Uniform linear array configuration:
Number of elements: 8
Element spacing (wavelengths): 0.25
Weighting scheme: exponential
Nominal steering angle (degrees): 45
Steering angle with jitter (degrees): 44.681
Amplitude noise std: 0.05
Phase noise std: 0.05

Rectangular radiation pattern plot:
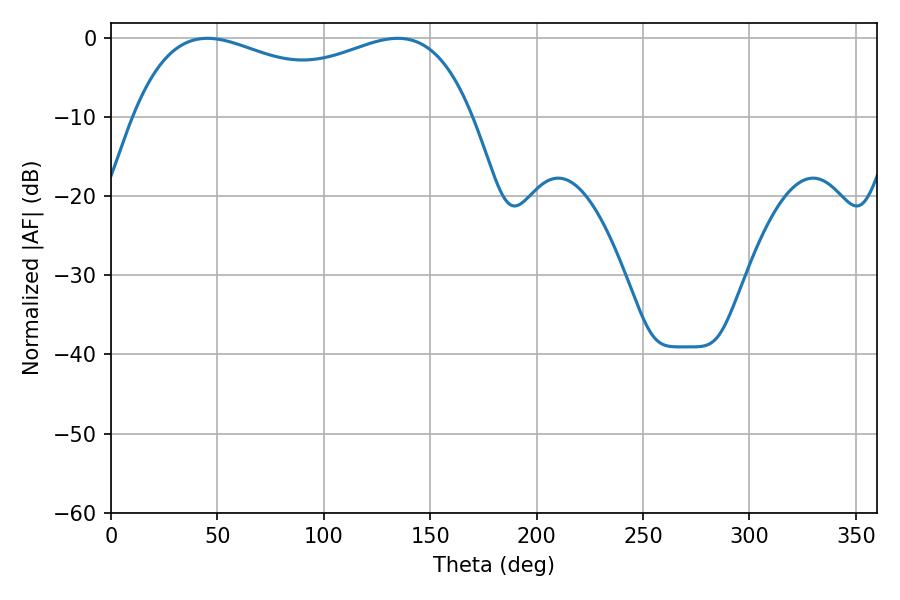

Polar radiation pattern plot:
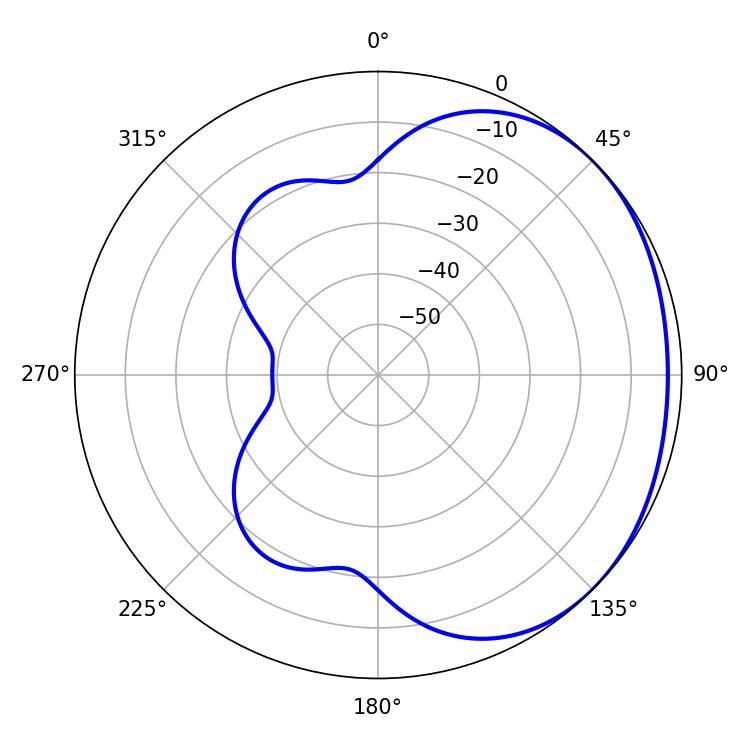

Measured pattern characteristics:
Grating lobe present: FALSE
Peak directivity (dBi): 1.539
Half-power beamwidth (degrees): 131.4
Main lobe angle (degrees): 45.18